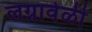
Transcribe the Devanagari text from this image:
लग्नावेळी